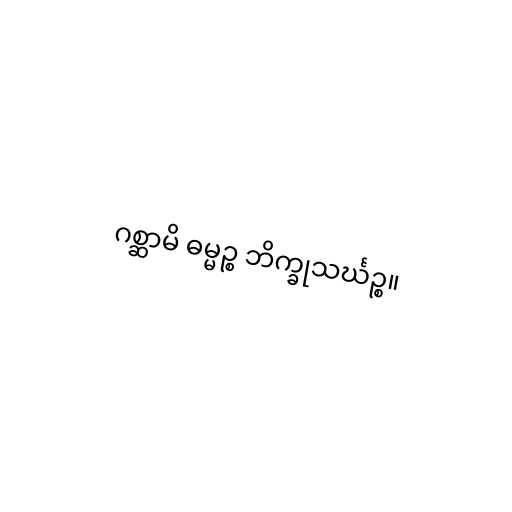
ဂစ္ဆာမိ ဓမ္မဉ္စ ဘိက္ခုသင်္ဃဉ္စ။